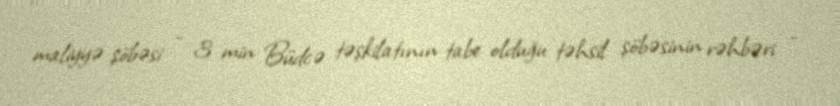
maliyyə şöbəsi - 3 min Büdcə təşkilatının tabe olduğu təhsil şöbəsinin rəhbəri -